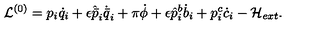
\mathcal { L } ^ { ( 0 ) } = p _ { i } \dot { q } _ { i } + \epsilon \hat { \bar { p } } _ { i } \dot { \bar { q } } _ { i } + \pi \dot { \phi } + \epsilon \hat { p } _ { i } ^ { b } \dot { b } _ { i } + p _ { i } ^ { c } \dot { c } _ { i } - \mathcal { H } _ { e x t } .